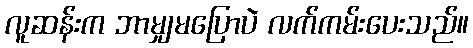
လူဆန်းက ဘာမျှမပြောပဲ လက်ကမ်းပေးသည်။